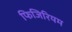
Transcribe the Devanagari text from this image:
फिजिरियम